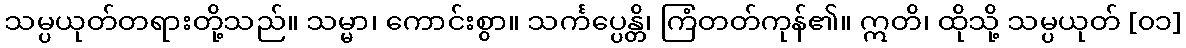
သမ္ပယုတ်တရားတို့သည်။ သမ္မာ၊ ကောင်းစွာ။ သင်္ကပ္ပေန္တိ၊ ကြံတတ်ကုန်၏။ ဣတိ၊ ထိုသို့ သမ္ပယုတ် [၀၁]